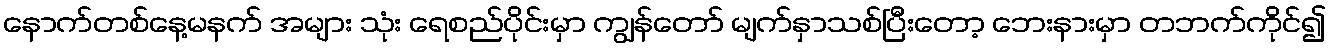
နောက်တစ်နေ့မနက် အများ သုံး ရေစည်ပိုင်းမှာ ကျွန်တော် မျက်နှာသစ်ပြီးတော့ ဘေးနားမှာ တဘက်ကိုင်၍